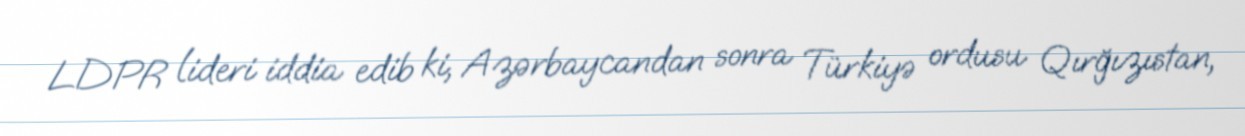
LDPR lideri iddia edib ki, Azərbaycandan sonra Türkiyə ordusu Qırğızıstan,